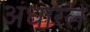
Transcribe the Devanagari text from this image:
अंधारले